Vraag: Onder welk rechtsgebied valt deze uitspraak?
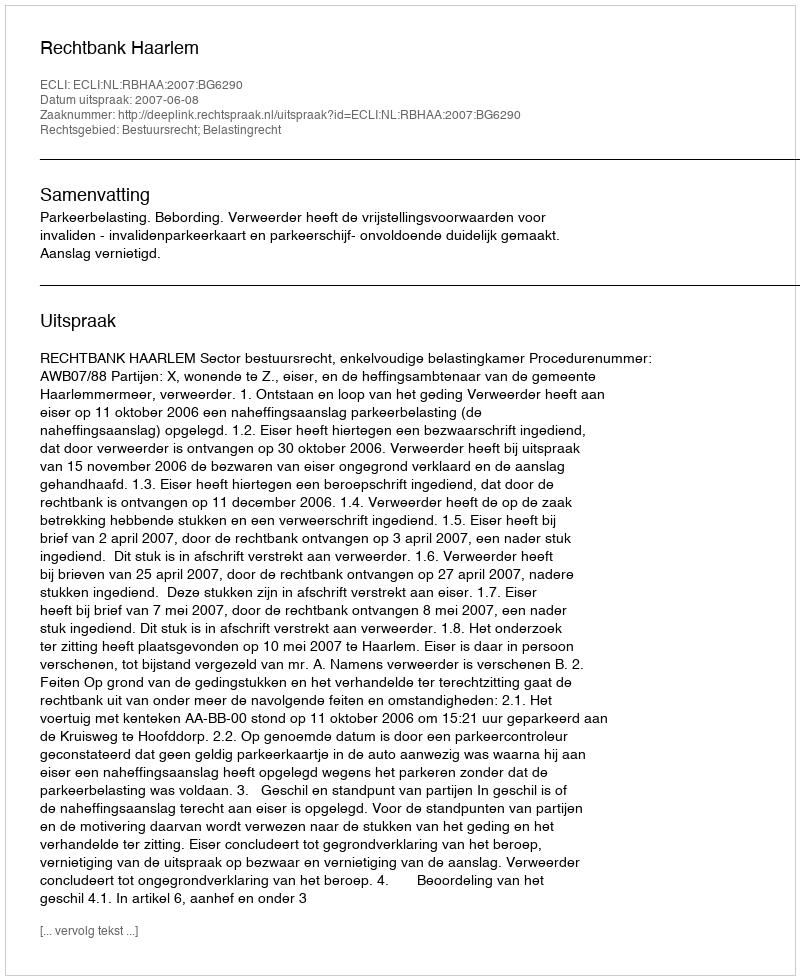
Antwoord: Bestuursrecht; Belastingrecht